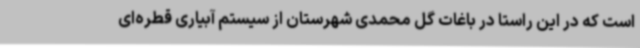
است که در این راستا در باغات گل محمدی شهرستان از سیستم آبیاری قطره‌ای